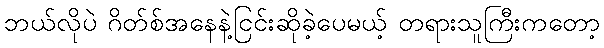
ဘယ်လိုပဲ ဂိတ်စ်အနေနဲ့ငြင်းဆိုခဲ့ပေမယ့် တရားသူကြီးကတော့